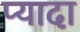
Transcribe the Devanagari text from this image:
प्‍यादा